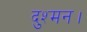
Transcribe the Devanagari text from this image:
दुश्मन।